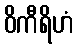
ဝိကီရိဟံ